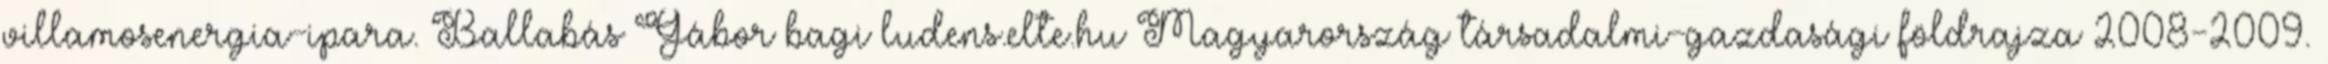
villamosenergia-ipara. Ballabás Gábor bagi ludens.elte.hu Magyarország társadalmi-gazdasági földrajza 2008-2009.